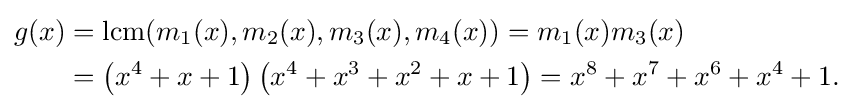
{\begin{aligned}g(x)&={\rm {lcm}}(m_{1}(x),m_{2}(x),m_{3}(x),m_{4}(x))=m_{1}(x)m_{3}(x)\\&=\left(x^{4}+x+1\right)\left(x^{4}+x^{3}+x^{2}+x+1\right)=x^{8}+x^{7}+x^{6}+x^{4}+1.\end{aligned}}